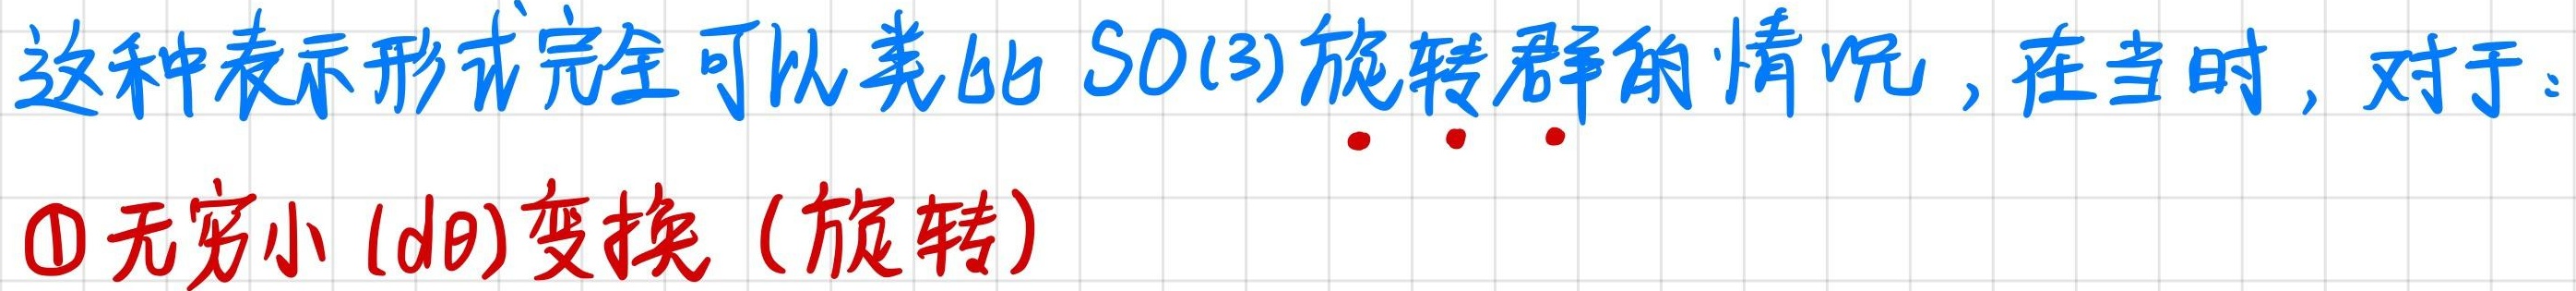
这种表示形式完全可以类比 SO(3)旋转群的情况，在当时，对于：
\textcircled{1} 无穷小 ($d\theta$)变换（旋转）